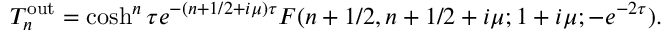
T _ { n } ^ { \mathrm { { o u t } } } = \cosh ^ { n } \tau e ^ { - ( n + 1 / 2 + i \mu ) \tau } F ( n + 1 / 2 , n + 1 / 2 + i \mu ; 1 + i \mu ; - e ^ { - 2 \tau } ) .